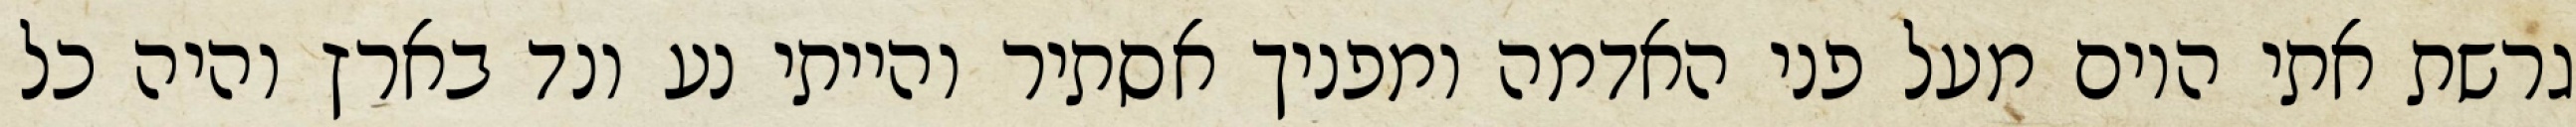
גרשת אתי היום מעל פני האדמה ומפניך אסתיר והייתי נע ונד בארץ והיה כל